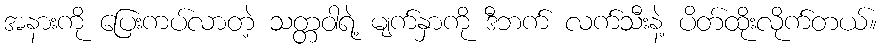
အနားကို ပြေးကပ်လာတဲ့ သတ္တဝါရဲ့ မျက်နှာကို ဒီဘက် လက်သီးနဲ့ ပိတ်ထိုးလိုက်တယ်။